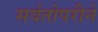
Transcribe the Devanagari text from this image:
सर्वतोपरीने